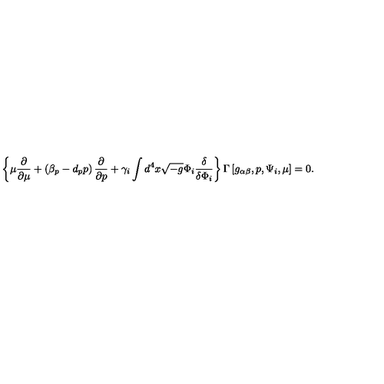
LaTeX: \left\{ \mu \frac { \partial } { \partial \mu } + \left( \beta _ { p } - d _ { p } p \right) \frac { \partial } { \partial p } + \gamma _ { i } \int d ^ { 4 } x \sqrt { - g } \Phi _ { i } \frac { \delta } { \delta \Phi _ { i } } \right\} \Gamma \left[ g _ { \alpha \beta } , p , \Psi _ { i } , \mu \right] = 0 .